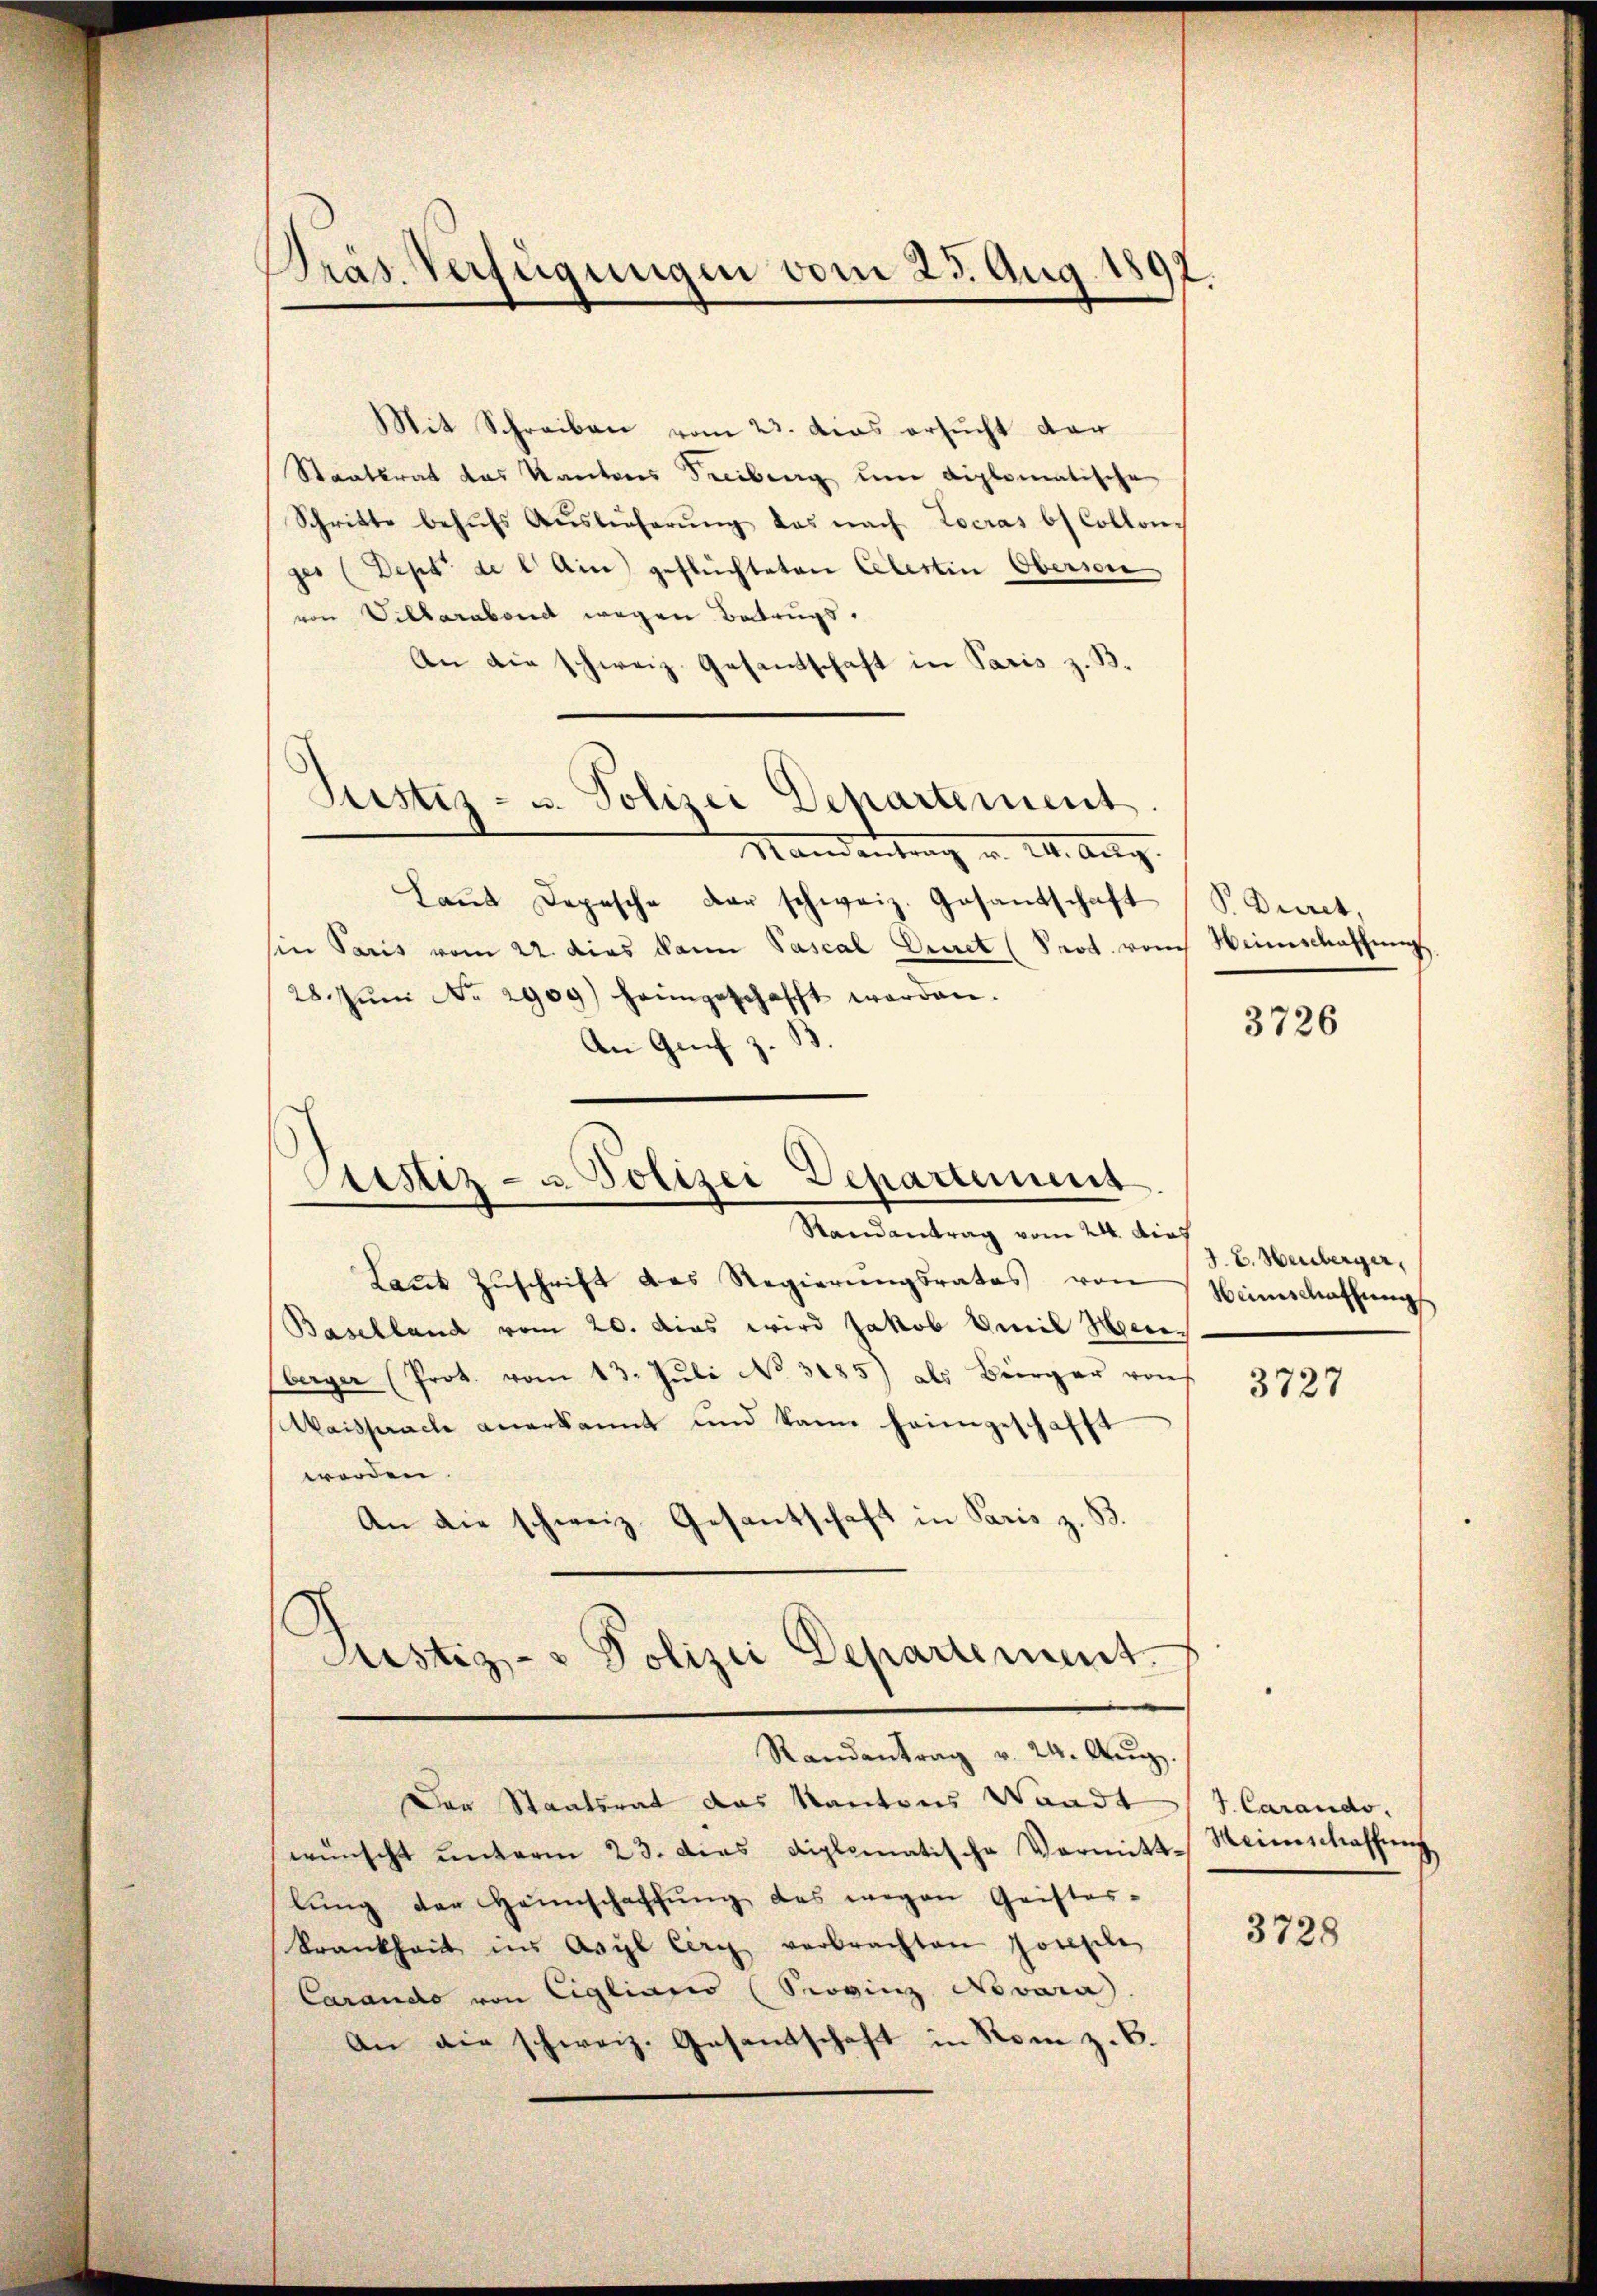
)
Tras Verfügungen vom 23. Aug. 1897.

Mit Schreiben vom 23. das ersucht dar
Staatsrat das Kantons Treiburg um diplomatische
Schritte behufs Auslieferung das nach Locras bis Collenger (Dept de l Ain geflüchteten Celestin Obersone
von Villarabend wegen Betrugs.
An die schweiz. Gesandtschaft in Paris z. B.
Justiz- u. Polizei Departement
Mandentrag u. III. Aug.
Laŭt Depesche der schweiz. Gesandtschaft (S. Duret,
sin Paris vom 2. dies kann Pascal Decret (Prot. vom Heimschaffung
28. Jŭni No 2909) heimgeschafft werden.
An Grif z.

Justiz- u Polizei Departement

Randantrag vom 24. dies
Laŭt Zŭschrift des Regierŭngsrates von Heimschaffungs
Baselland vom 20. Das wird Jakob Emil Hei¬
Eberger (Prot. vom 13. Juli No 3185) als Bürger von
Waisprache anerkannt und kann heimgeschaf

werden.
An die schweiz. Gesantschaft in Paris z. B.
Randantrag v. 24. Aŭg.
Der Staatsrat das Kantons Waadt J. Carando.
wünscht ŭnterm 23. das diplomatische Vormitt. Meinschaffung
lŭng der Heinschaffŭng des wegen Geister-
krankheit ins Asyl Cerg verbrachten Josepile
Carando von Eigliazis (Provinz Novara
An die schweiz. Gesandschaft in Rom z. B.

Justiz- & Polizei Departement.

J. E. Heuberger,

3726

3727

3728